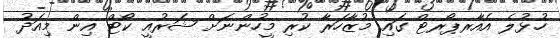
ހުޅުލެ އެއާރޕޯރޓް ގައި މުޒާހަރާ ކުރި މީހުންނަށް ޝަރުއީ ކޯޓް އިން މިއަދު